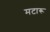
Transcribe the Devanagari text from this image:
मटारू